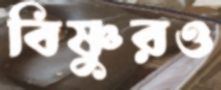
বিষ্ণুরও